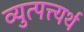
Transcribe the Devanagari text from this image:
व्युत्पत्त्यर्थ